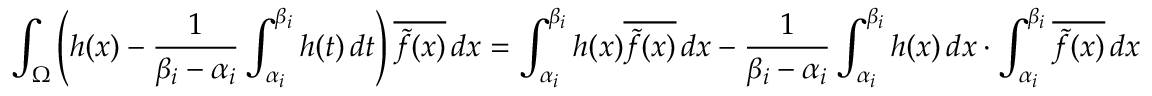
\int _ { \Omega } \left( h ( x ) - \frac 1 { \beta _ { i } - \alpha _ { i } } \int _ { \alpha _ { i } } ^ { \beta _ { i } } h ( t ) \, d t \right) \overline { { \tilde { f } ( x ) } } \, d x = \int _ { \alpha _ { i } } ^ { \beta _ { i } } h ( x ) \overline { { \tilde { f } ( x ) } } \, d x - \frac { 1 } { \beta _ { i } - \alpha _ { i } } \int _ { \alpha _ { i } } ^ { \beta _ { i } } h ( x ) \, d x \cdot \int _ { \alpha _ { i } } ^ { \beta _ { i } } \overline { { \tilde { f } ( x ) } } \, d x